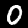
Label: 0